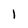
Character: I